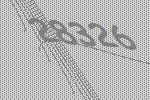
28326